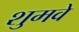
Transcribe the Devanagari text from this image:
शुमवे